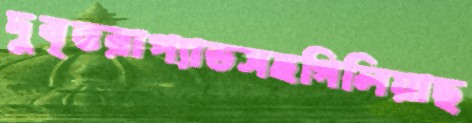
দুবৃত্তরাপ্যাডসহগিলিয়াছ